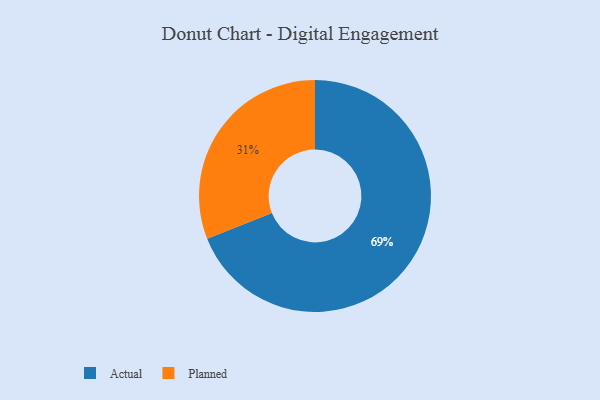
{"axis": {"x": "Category", "y": "Percentage"}, "legend": ["Actual", "Planned"], "data": [{"x": "Planned", "y": 31, "type": "Planned"}, {"x": "Actual", "y": 69, "type": "Actual"}]}